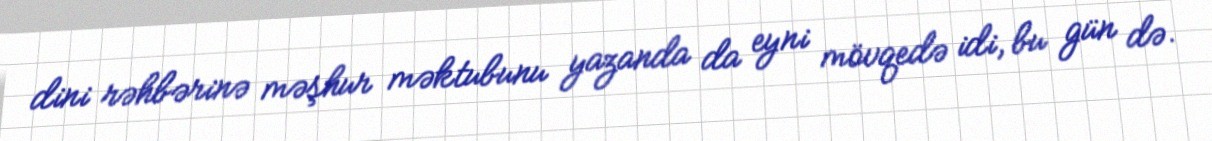
dini rəhbərinə məşhur məktubunu yazanda da eyni mövqedə idi, bu gün də.